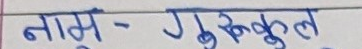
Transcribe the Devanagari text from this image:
नाम - गुरुकुल